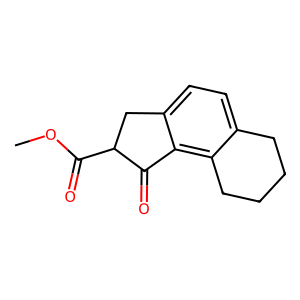
SMILES: COC(=O)C1Cc2ccc3c(c2C1=O)CCCC3
Inhibits HIV replication: No